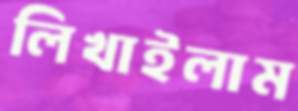
লিখাইলাম